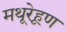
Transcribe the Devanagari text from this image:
मथूरेहूण